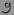
Text: 9